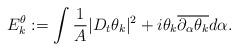
LaTeX: \begin{align*}E_k^{\theta}:=\int \frac{1}{A}|D_t\theta_k|^2+i\theta_k \overline{\partial_{\alpha}\theta_k}d\alpha.\end{align*}